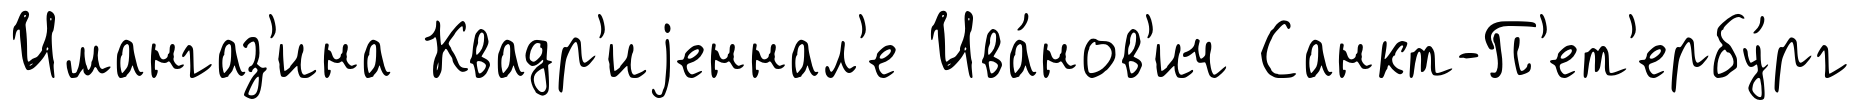
Имангаз'ина Квадр'иjеннал'е Ива́нов'ич Санкт-П'ет'ербу́рг